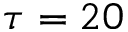
\tau = 2 0